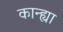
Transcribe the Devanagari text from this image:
कान्ह्या